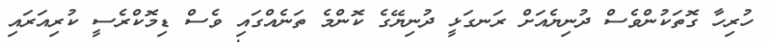
ހުރިހާ ގޮތަކުންވެސް ދުނިޔެއަށް ރަނގަޅީ ދުނިޔޭގެ ކޮންމެ ތަނެއްގައި ވެސް ޑިމޮކްރެސީ ކުރިއަރައި